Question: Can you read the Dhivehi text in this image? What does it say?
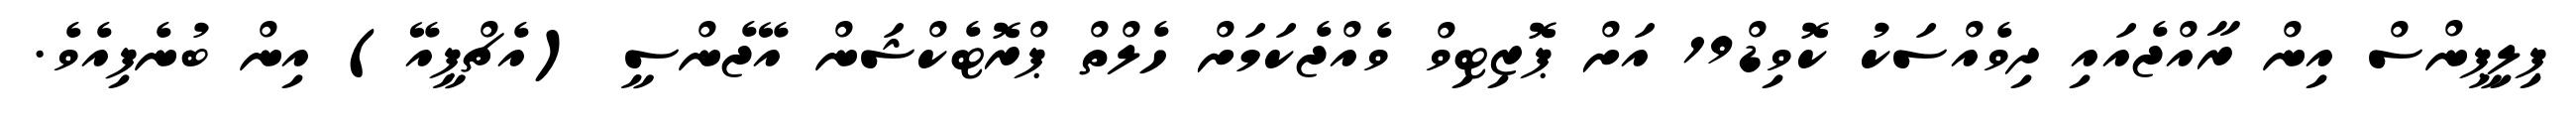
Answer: ޕިލިޕީންސް އިން ރާއްޖެއައި ދިވެއްސަކު ކޮވިޑް19 އަށް ޕޮޒިޓިވް ވެއްޖެކަމަށް ހެލްތް ޕްރޮޓެކްޝަން އޭޖެންސީ (އެޗްޕީއޭ) އިން ބުނެފިއެވެ.